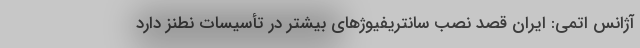
آژانس اتمی: ایران قصد نصب سانتریفیوژهای بیشتر در تأسیسات نطنز دارد